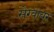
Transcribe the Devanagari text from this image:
सेग्वायर